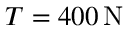
T = 4 0 0 \, \mathrm { N }